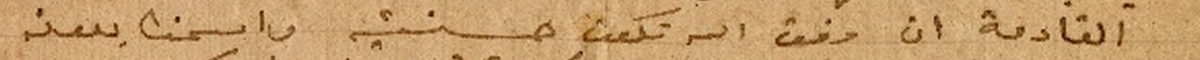
القادمة ان وفق الله تكون حسنت واسمنا بعونه